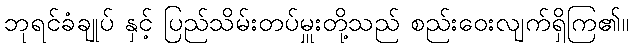
ဘုရင်ခံချုပ် နှင့် ပြည်သိမ်းတပ်မှူးတို့သည် စည်းဝေးလျက်ရှိကြ၏။